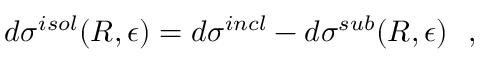
d \sigma ^ { i s o l } ( R , \epsilon ) = d \sigma ^ { i n c l } - d \sigma ^ { s u b } ( R , \epsilon ) \: \: \: ,